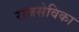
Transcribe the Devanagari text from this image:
राजसेविका